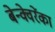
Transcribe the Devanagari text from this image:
बेन्क्वेरेंका